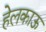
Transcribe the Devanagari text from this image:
हेलकाऊ